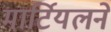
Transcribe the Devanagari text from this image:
मार्टियलने